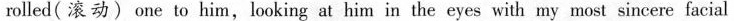
rolled(滚动)one to him,looking at him in the eyes with my most sincere facial